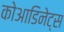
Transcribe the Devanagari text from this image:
कोआडिनेट्स